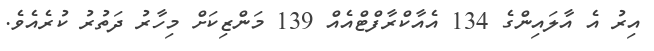
އިރު އެ އާލައިންގެ 134 އެއާކްރާފްޓްއެއް 139 މަންޒިކަށް މިހާރު ދަތުރު ކުރެއެވެ.